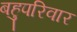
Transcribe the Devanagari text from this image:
बहुपरिवार